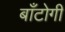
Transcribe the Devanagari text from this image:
बाँटोगी